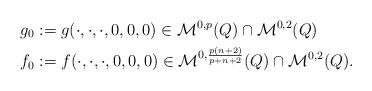
LaTeX: \begin{align*}g_0 & :=g(\cdot,\cdot,\cdot,0,0,0)\in \mathcal{M}^{0,p}(Q)\cap \mathcal{M}^{0,2}(Q)\\f_0 & :=f(\cdot,\cdot,\cdot,0,0,0)\in \mathcal{M}^{0,\frac{p(n+2)}{p+n+2}}(Q)\cap\mathcal{M}^{0,2}(Q).\end{align*}